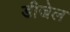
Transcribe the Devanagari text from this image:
डीजेल